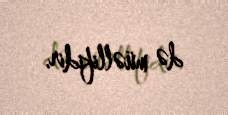
də müəllifidir.